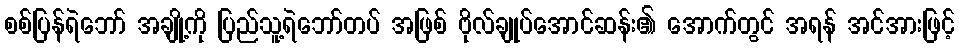
စစ်ပြန်ရဲဘော် အချို့ကို ပြည်သူ့ရဲဘော်တပ် အဖြစ် ဗိုလ်ချုပ်အောင်ဆန်း၏ အောက်တွင် အရန် အင်အားဖြင့်